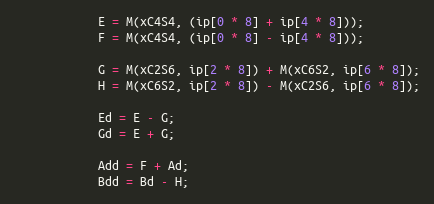
Language: C
            E = M(xC4S4, (ip[0 * 8] + ip[4 * 8]));
            F = M(xC4S4, (ip[0 * 8] - ip[4 * 8]));

            G = M(xC2S6, ip[2 * 8]) + M(xC6S2, ip[6 * 8]);
            H = M(xC6S2, ip[2 * 8]) - M(xC2S6, ip[6 * 8]);

            Ed = E - G;
            Gd = E + G;

            Add = F + Ad;
            Bdd = Bd - H;